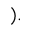
) .